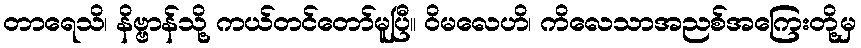
တာရေသိ၊ နိဗ္ဗာန်သို့ ကယ်တင်တော်မူပြီ။ ဝိမလေဟိ၊ ကိလေသာအညစ်အကြေးတို့မှ